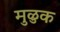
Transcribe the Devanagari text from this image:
मुळुक